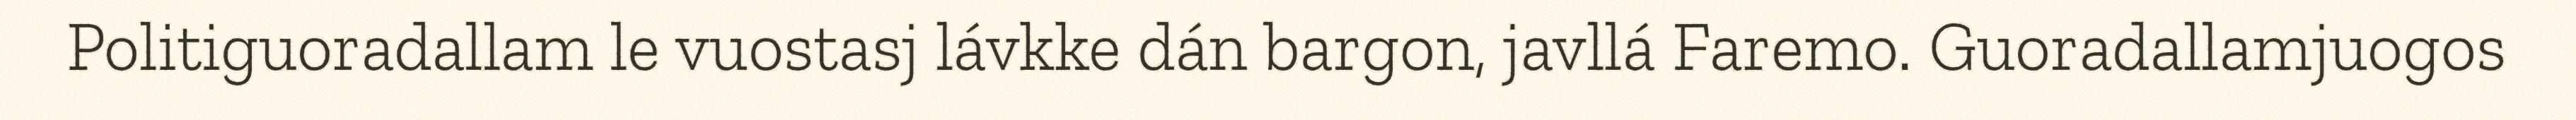
Politiguoradallam le vuostasj lávkke dán bargon, javllá Faremo. Guoradallamjuogos